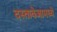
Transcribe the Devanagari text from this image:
दस्तावेजामध्ये